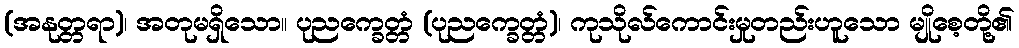
(အနုတ္တရာ)၊ အတုမရှိသော။ ပုညက္ခေတ္တံ (ပုညက္ခေတ္တံ)၊ ကုသိုလ်ကောင်းမှုတည်းဟူသော မျိုစေ့တို့၏